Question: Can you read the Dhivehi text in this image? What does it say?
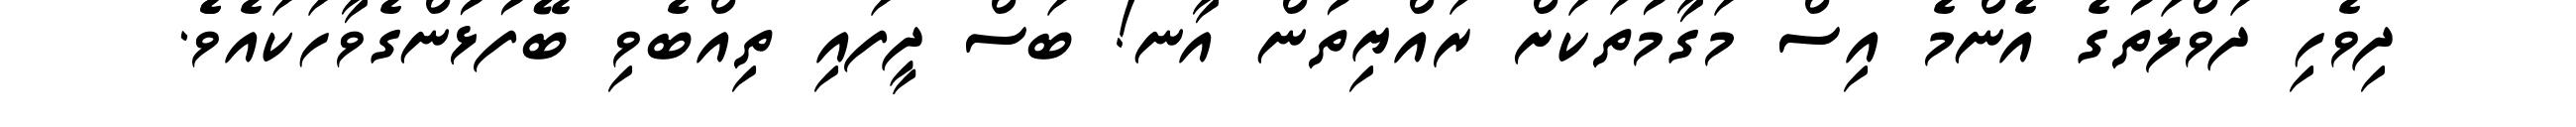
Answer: ދިވެހި ދަވްލަތުގެ އެންމެ އިސް މަގާމުތަކަށް ރައްޔިތުން އާނ! ބަސް ދީފައި ތިއްބެވި ބޭފުޅުންގެވާހަކައެވެެ.